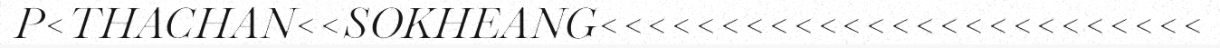
P<THACHAN<<SOKHEANG<<<<<<<<<<<<<<<<<<<<<<<<<